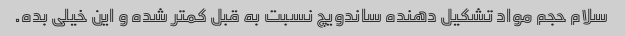
سلام حجم مواد تشکیل دهنده ساندویچ نسبت به قبل کمتر شده و این خیلی بده.